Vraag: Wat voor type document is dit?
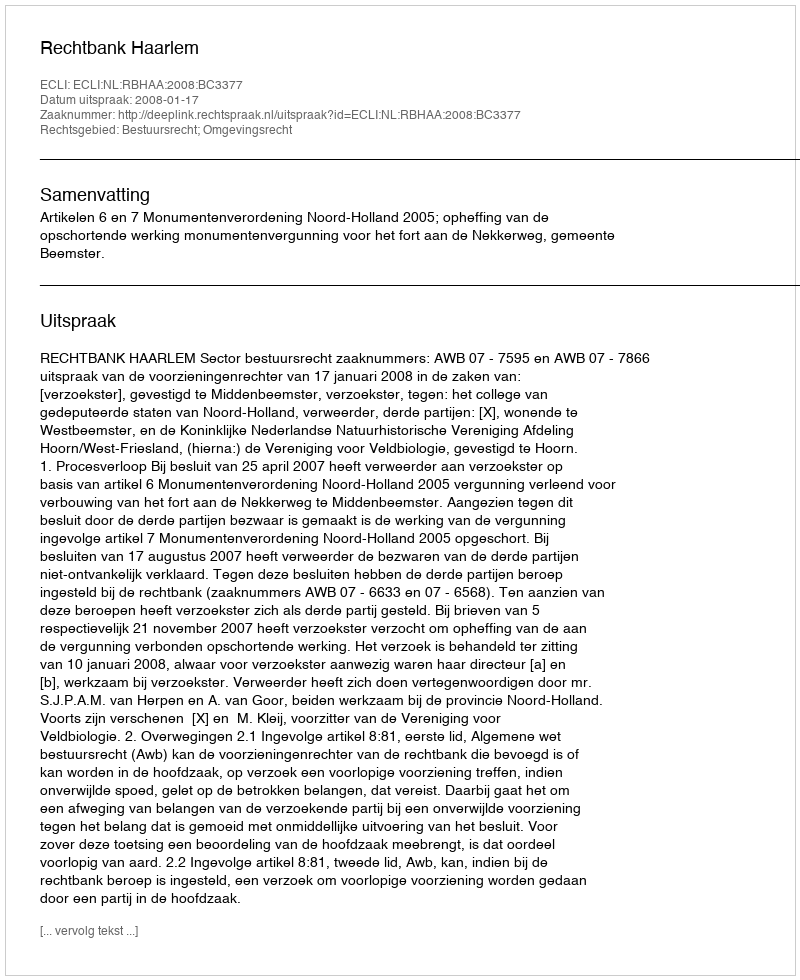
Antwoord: Uitspraak